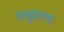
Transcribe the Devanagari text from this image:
मश्रूवाला